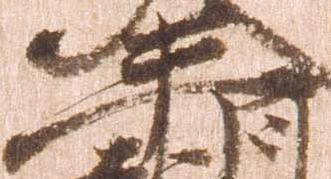
平